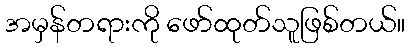
အမှန်တရားကို ဖော်ထုတ်သူဖြစ်တယ်။